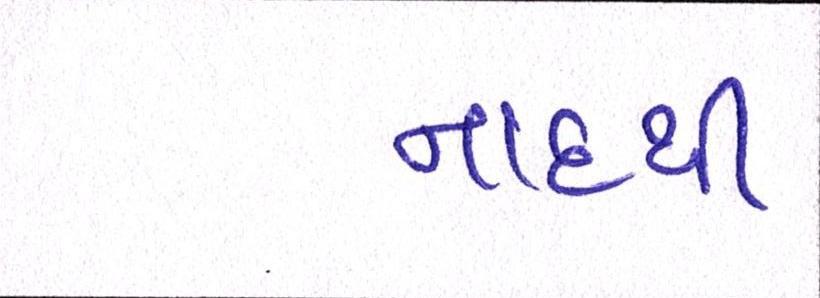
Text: નાદથી